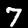
Digit: 7